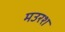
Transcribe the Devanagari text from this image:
मउरश